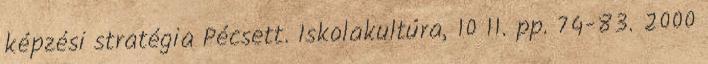
képzési stratégia Pécsett. Iskolakultúra, 10 11. pp. 74-83. 2000